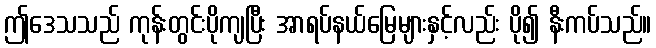
ဤဒေသသည် ကုန်းတွင်းပိုကျပြီး အာရပ်နယ်မြေများနှင့်လည်း ပို၍ နီးကပ်သည်။